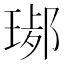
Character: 𤧢